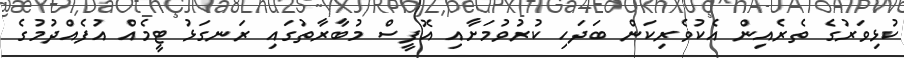
ކުޅިވަރުގެ ތެރެއިން އެކުވެރިކަން ބަދަހި ކުރުވުމަށާއި އޮފީސް މުބާރާތުގައި ރަނގަޅު ޓީމެއް އުފެއްދުމުގެ